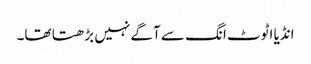
انڈیا اٹوٹ انگ سے آگے نہیں بڑھتا تھا۔